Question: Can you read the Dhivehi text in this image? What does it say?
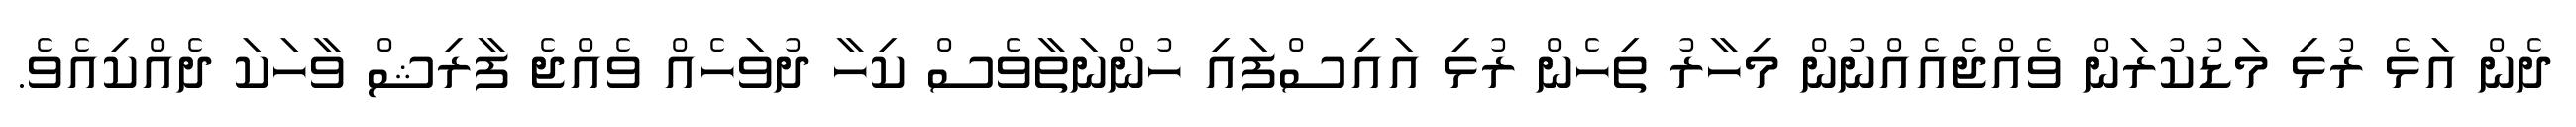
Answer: ދެން އަޅެ ރުޅި މަޑުކުރަން ވެއްޖެއެއްނުން މިހާރު ތިހެން ރުޅި އައިސްފައި ހުންނަތާވެސް ކިހާ ދުވަހެއް ވެއްޖެ ފާރިޝް ވާހަކަ ދެއްކިއެވެ.